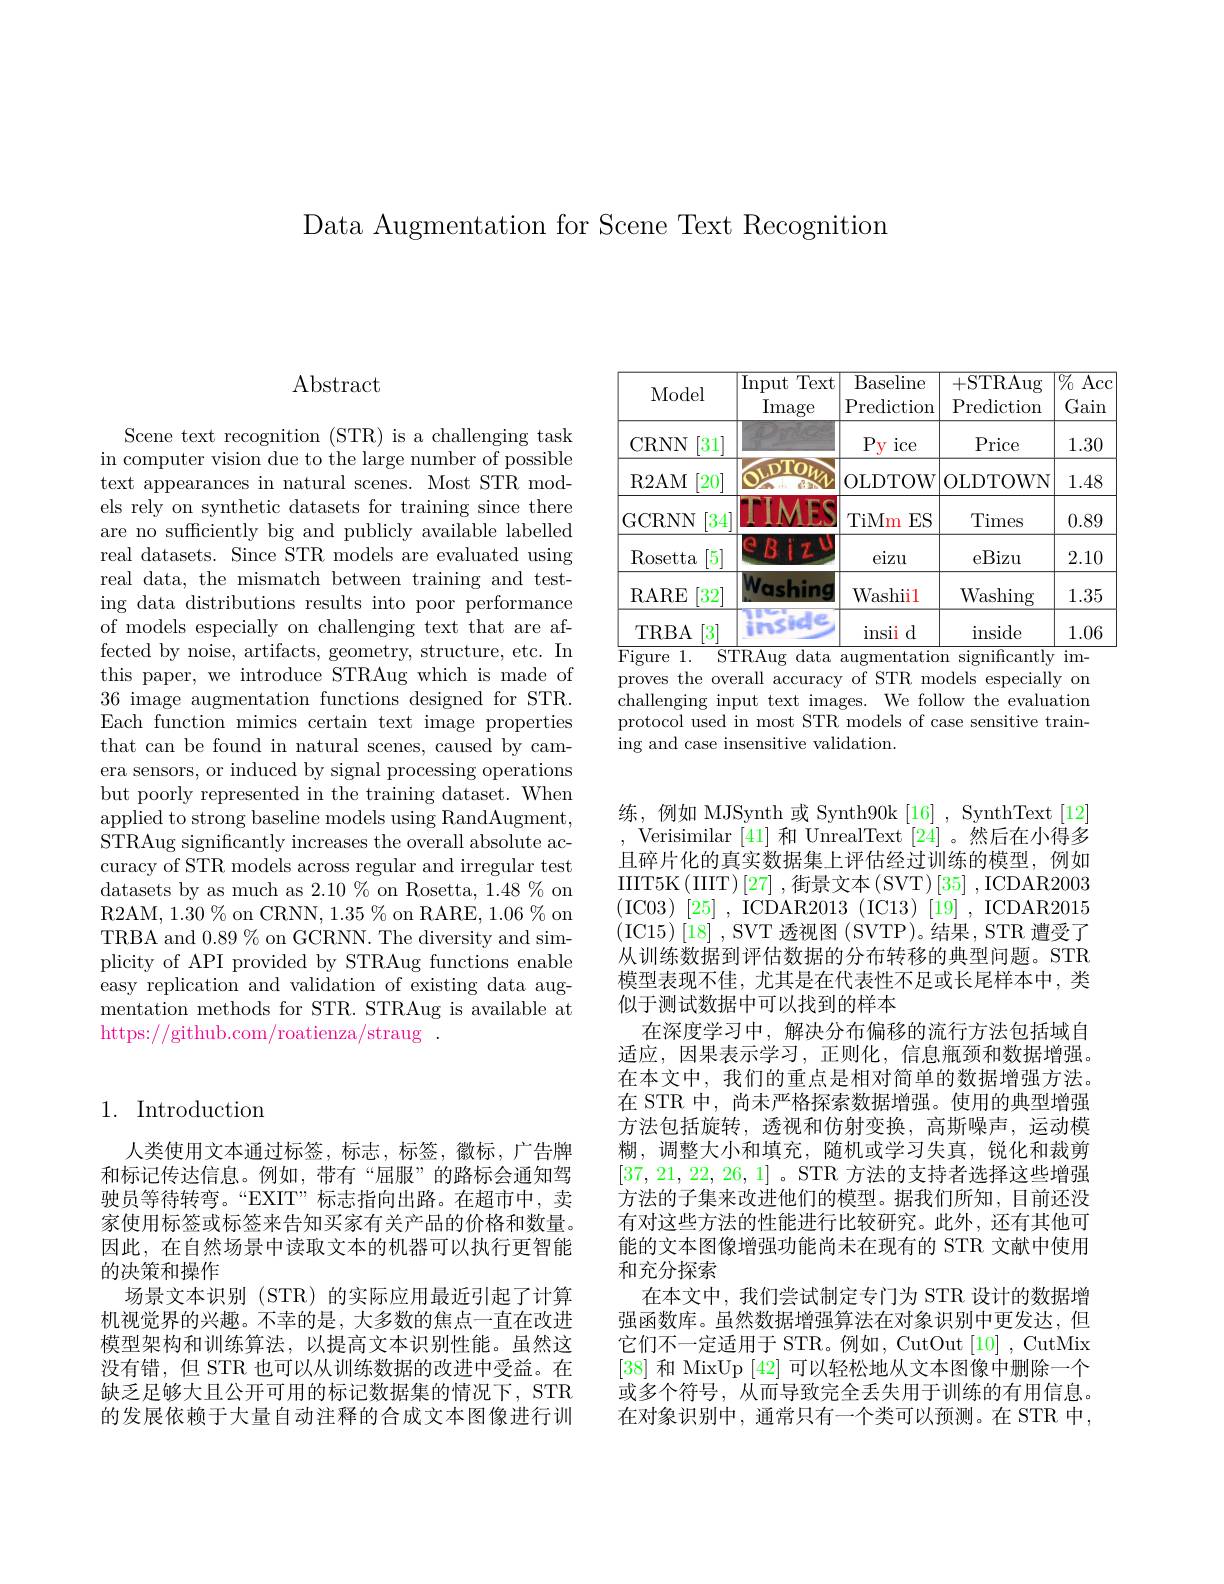
Data Augmentation for Scene Text Recognition

# $\operatorname{Abstract}$

Scene text recognition (STR) is a challenging task in computer vision due to the large number of possible text appearances in natural scenes. Most STR models rely on synthetic datasets for training since there are no sufficiently big and publicly available labelled real datasets. Since STR models are evaluated using real data, the mismatch between training and testing data distributions results into poor performance of models especially on challenging text that are affected by noise, artifacts, geometry, structure, etc. In this paper, we introduce STRAug which is made of 36 image augmentation functions designed for STR. Each function mimics certain text image properties that can be found in natural scenes, caused by camera sensors, or induced by signal processing operations but poorly represented in the training dataset. When applied to strong baseline models using RandAugment, STRAug significantly increases the overall absolute accuracy of STR models across regular and irregular test datasets by as much as 2.10% on Rosetta, 1.48% on R2AM, 1.30 % on CRNN, 1.35 % on RARE, 1.06 % on TRBA and $0.89\%$ on GCRNN. The diversity and simplicity of API provided by STRAug functions enable easy replication and validation of existing data augmentation methods for STR. STRAug is available at https://github.com/roatienza/straug .

## 1. Introduction

人类使用文本通过标签，标志，标签，徽标，广告牌和标记传达信息。例如，带有“屈服”的路标会通知驾驶员等待转弯。“EXIT”标志指向出路。在超市中，卖家使用标签或标签来告知买家有关产品的价格和数量。因此，在自然场景中读取文本的机器可以执行更智能的决策和操作
场景文本识别 (STR) 的实际应用最近引起了计算机视觉界的兴趣。不幸的是，大多数的焦点一直在改进模型架构和训练算法，以提高文本识别性能。虽然这没有错，但 STR 也可以从训练数据的改进中受益。在缺乏足够大且公开可用的标记数据集的情况下，STR 的发展依赖于大量自动注释的合成文本图像进行训

<table>
	<tbody>
		<tr>
			<th>Model</th>
			<th>Input Text Image</th>
			<th>Baseline $\operatorname{Prediction}$</th>
			<th>$\overline{+\mathrm{STRAug}}$ $\operatorname{Prediction}$</th>
			<th>$\overline{\%}_{0}$ $\overline{\mathrm{Acc}}$ Gain</th>
		</tr>
		<tr>
			<td>CRNN [31]</td>
			<td> </td>
			<td>$\underline{Py}$ $\operatorname{ice}$</td>
			<td>Price</td>
			<td>1.30</td>
		</tr>
		<tr>
			<td>R2AM [20]</td>
			<td>公司</td>
			<td>OLDTOW</td>
			<td>OLDTOWN</td>
			<td>1.48</td>
		</tr>
		<tr>
			<td>GCRNN 34</td>
			<td>MES</td>
			<td>TiMm $ES$</td>
			<td>Times</td>
			<td>0.89</td>
		</tr>
		<tr>
			<td>$\operatorname{Rosetta}$ [5]</td>
			<td>CBiz</td>
			<td>eizu</td>
			<td>eBizu</td>
			<td>2.10</td>
		</tr>
		<tr>
			<td>RARE $32^{-}$</td>
			<td>Washing</td>
			<td>Washiil</td>
			<td>Washing</td>
			<td>1.35</td>
		</tr>
		<tr>
			<td>3 TRBA</td>
			<td>2msice</td>
			<td>insii $d$</td>
			<td>inside</td>
			<td>1.06</td>
		</tr>
	</tbody>
</table>
$\overline{\mathrm{Figure~1.}\:\mathrm{STRAug~data~augmentation~significantly~im-}}$

proves the overall accuracy of STR models especially on challenging input text images. We follow the evaluation protocol used in most STR models of case sensitive training and case insensitive validation.

练，例如 MJSynth 或 Synth90k [16] , SynthText [12] Verisimilar [41]和 UnrealText [24]。然后在小得多且碎片化的真实数据集上评估经过训练的模型，例如IIIT5K$\left ( \mathrm{IIIT}\right ) [ 27] $,街景文本$\left(\mathrm{SVT}\right)[35]$,ICDAR2003 (IC03)[25],ICDAR2013(IC13)[19],ICDAR2015 (IC15)[18] , SVT 透视图 ( SVTP)。结果，STR 遭受了从训练数据到评估数据的分布转移的典型问题。STR 模型表现不佳，尤其是在代表性不足或长尾样本中，类似于测试数据中可以找到的样本
在深度学习中，解决分布偏移的流行方法包括域自适应，因果表示学习，正则化，信息瓶颈和数据增强。在本文中，我们的重点是相对简单的数据增强方法。在 STR 中，尚未严格探索数据增强。使用的典型增强方法包括旋转，透视和仿射变换，高斯噪声，运动模糊，调整大小和填充，随机或学习失真，锐化和裁剪[37,21,22,26,1] 。STR 方法的支持者选择这些增强方法的子集来改进他们的模型。据我们所知，目前还没有对这些方法的性能进行比较研究。此外，还有其他可能的文本图像增强功能尚未在现有的 STR 文献中使用和充分探索
在本文中，我们尝试制定专门为 STR 设计的数据增强函数库。虽然数据增强算法在对象识别中更发达，但它们不一定适用于 STR。例如，CutOut [10], CutMix [38]和 MixUp [42]可以轻松地从文本图像中删除一个或多个符号，从而导致完全丢失用于训练的有用信息。在对象识别中，通常只有一个类可以预测。在 STR 中，